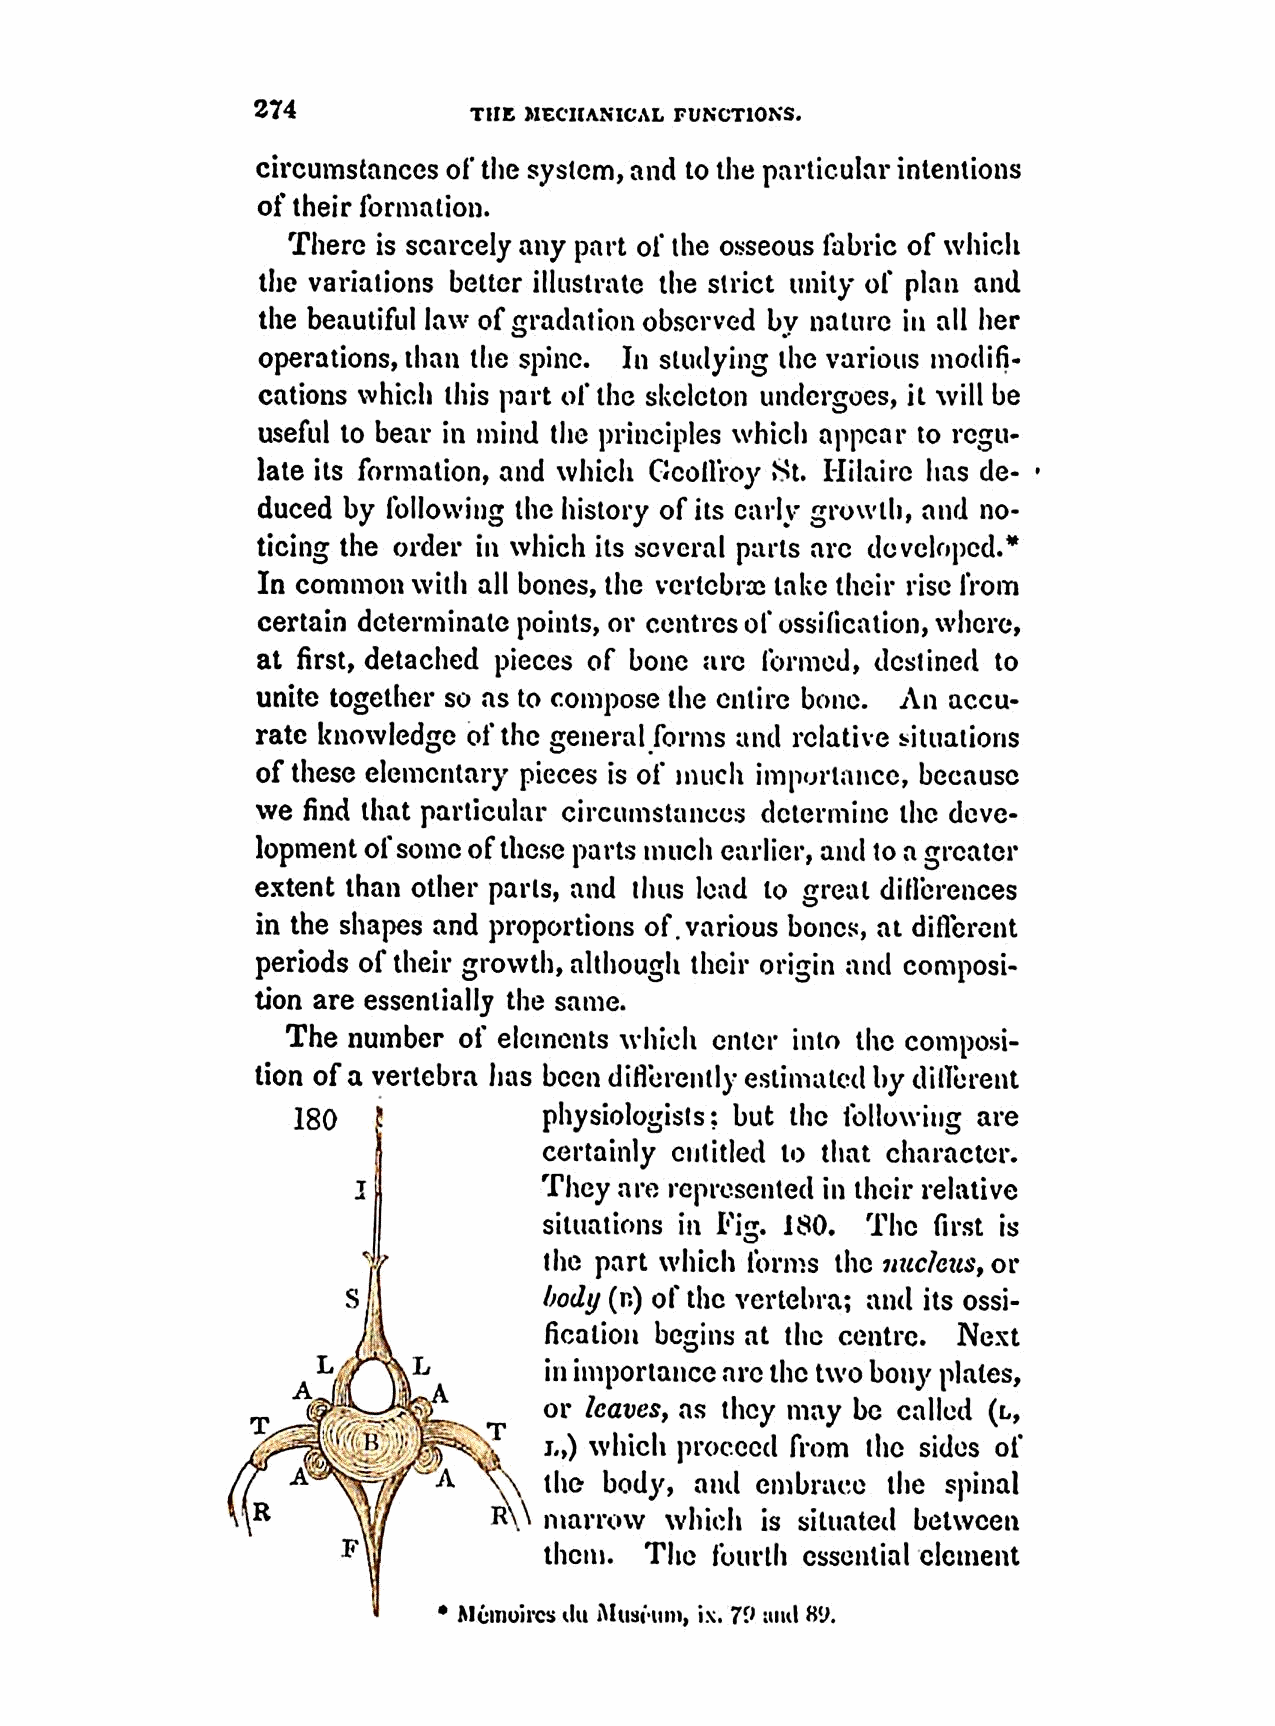
274           THE MECHANICAL FUNCTIONS.
 circumstances of the system, and tothe particular intentions
 oftheir formation.
 There is scarcely any part of the osseous fabric of which
 the variations better illustrate the strict of and
 unity   plan
 the beautiful law ofgradation observed by nature in all her
 operations, than the spine. In studying the various modifi
 cations which this part ofthe skeleton undergoes, it will be
 useful to bear in mind (lie principles which appear to regu
 late its formation, and which GcoIli'oy St. 1-litaire has de
 duced by following the history ofits early growth, and no
 ticing the order in which its scvcral parts arc devcloped.
 In common with all bones, the vcrtcbr take their rise from
 certain determinate points, or centres of" ossification, where,
 at first, detached pieces of bone are frnied, destined to
 unite together so as to compose the entire bone. An accu
 rate knowledge ofthe general forms and relative situations
 of these elementary pieces is of much importance, because
 we find that particular circumstances determine the deve
 lopment ofsomeofthese parts much earlier, and to a greater
 extent than other parts, and thus lead to great difibrences
 in the shapes and proportions of.various bones, at different
 periods of their growth, although their origin and Composi
 tion are essentially the same.
 The number of elements which enter into the
 composi
 tion ofa vertebra has been diflbrcntly estimated by dillerent
 180              physiologists; but the following are
 certainly etititled ii) that character.
 They are represented in their relative
 situations in   180. The  first is
 Fig.
 the part which Iums the nucleus, or
 S 11         body (n) of the vertebra; and its ossi
 fication begins at the centre. Next
 L        in importance arc the two bony plates,
 ''  or leaves, as they may be called (r1,
 i.,) which proceed from the sides of
 'A    \  the body, and embrace  the spinal
 R              R ,\ marrow which is situated between
 F
 them.  The fourth essential clcLneflt
 Méinuircs ilti iIus.tin, ix. 79 811(1 H9.